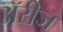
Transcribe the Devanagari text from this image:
ॲरीज